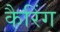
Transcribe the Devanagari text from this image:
कैरिंग